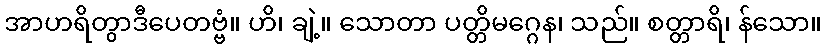
အာဟရိတွာဒီပေတဗ္ဗံ။ ဟိ၊ ချဲ့။ သောတာ ပတ္တိမဂ္ဂေန၊ သည်။ စတ္တာရိ၊ န်သော။